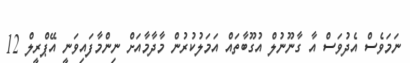
ނަމަވެސް އެދުވަސް އާ ގާނޫނުލް އުގޫބާތައް އަމަލުކުރުން މާދާމާއަށް ނިންމާފައިވަނީ އޭޕްރީލް 12